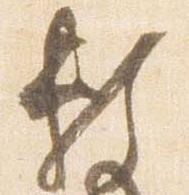
頼